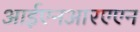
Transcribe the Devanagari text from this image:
आईएनआरएएन